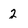
Character: 2